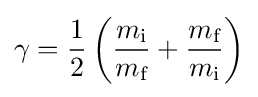
\gamma ={\frac {1}{2}}\left({\frac {m_{\text{i}}}{m_{\text{f}}}}+{\frac {m_{\text{f}}}{m_{\text{i}}}}\right)